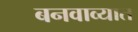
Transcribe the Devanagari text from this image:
बनवाव्यात